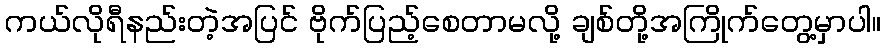
ကယ်လိုရီနည်းတဲ့အပြင် ဗိုက်ပြည့်စေတာမလို့ ချစ်တို့အကြိုက်တွေ့မှာပါ။